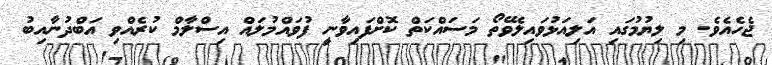
ޖެހެއެވެ. މި ލިޔުމުގައި އަލިއަޅުވައިލެވޭތޯ މަސައްކަތް ކޮށްފައިވާނީ ފުވައްމުލައް އިސްލާމް ކުރެއްވި އަބްދުނާއިބު